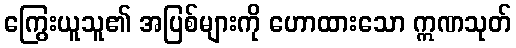
ကြွေးယူသူ၏ အပြစ်များကို ဟောထားသော ဣဏသုတ်